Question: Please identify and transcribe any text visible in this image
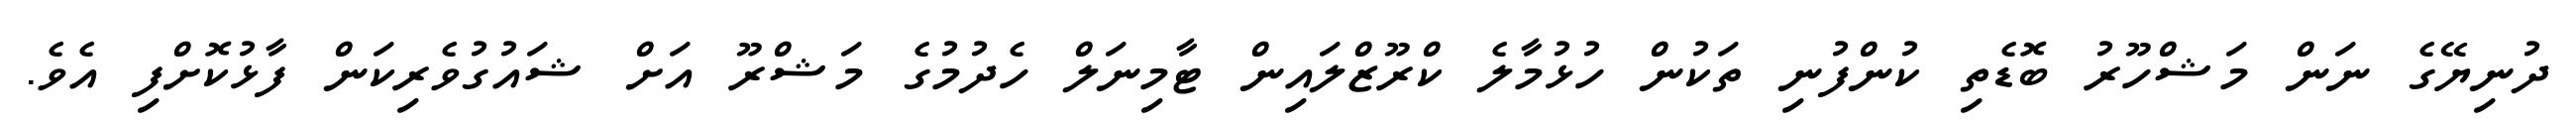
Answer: ދުނިޔޭގެ ނަން މަޝްހޫރު ބޮޑެތި ކުންފުނި ތަކުން ހުޅުމާލެ ކްރޫޒްލައިން ޓާމިނަލް ހެދުމުގެ މަޝްރޫ އަށް ޝައުގުވެރިކަން ފާޅުކޮށްފި އެވެ.